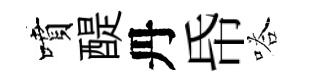
噴醍丹帋嗒